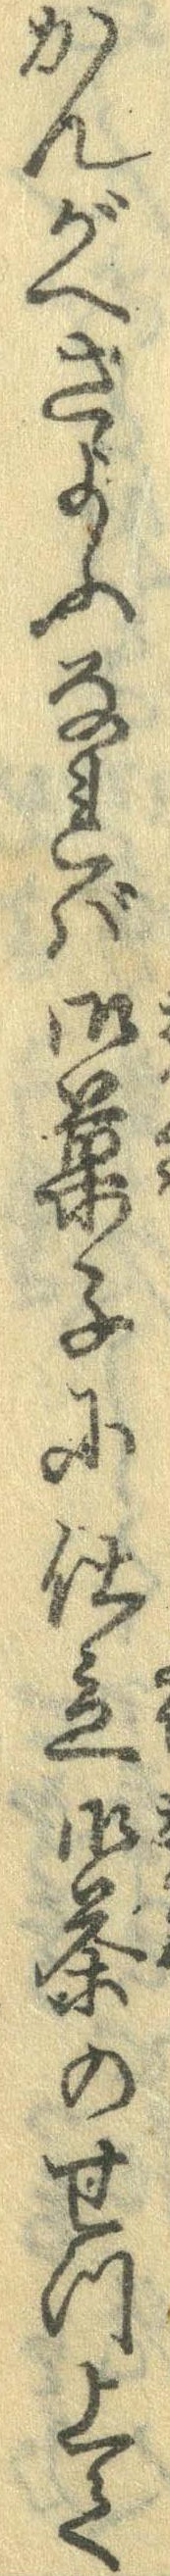
かんがへさよふなれば御菓子に仕立御茶のせつ上て